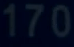
170